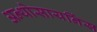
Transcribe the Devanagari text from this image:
अन्थोसायनिंस